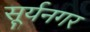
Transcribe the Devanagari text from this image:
सूर्यनगर